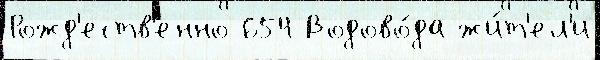
Рожд'еств'енно 654 Водово́да жи́т'ел'и